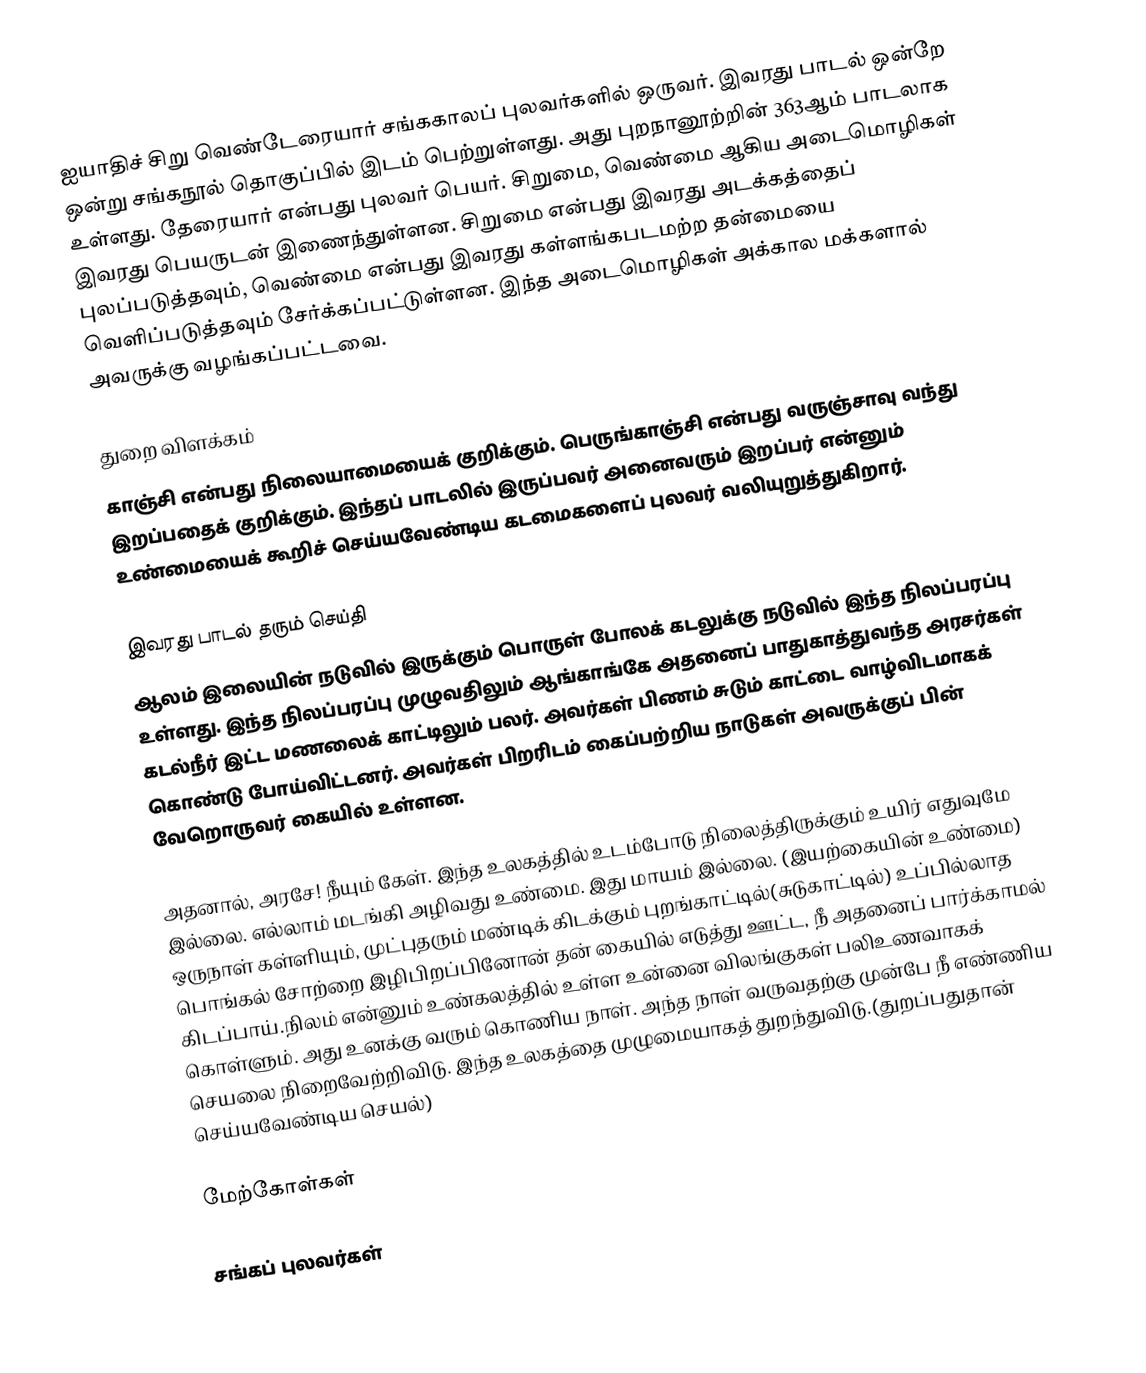
ஐயாதிச் சிறு வெண்டேரையார் சங்ககாலப் புலவர்களில் ஒருவர். இவரது பாடல் ஒன்றே ஒன்று சங்கநூல் தொகுப்பில் இடம் பெற்றுள்ளது. அது புறநானூற்றின் 363ஆம் பாடலாக உள்ளது. தேரையார் என்பது புலவர் பெயர். சிறுமை, வெண்மை ஆகிய அடைமொழிகள் இவரது பெயருடன் இணைந்துள்ளன. சிறுமை என்பது இவரது அடக்கத்தைப் புலப்படுத்தவும், வெண்மை என்பது இவரது கள்ளங்கபடமற்ற தன்மையை வெளிப்படுத்தவும் சேர்க்கப்பட்டுள்ளன. இந்த அடைமொழிகள் அக்கால மக்களால் அவருக்கு வழங்கப்பட்டவை.

துறை விளக்கம்
காஞ்சி என்பது நிலையாமையைக் குறிக்கும். பெருங்காஞ்சி என்பது வருஞ்சாவு வந்து இறப்பதைக் குறிக்கும். இந்தப் பாடலில் இருப்பவர் அனைவரும் இறப்பர் என்னும் உண்மையைக் கூறிச் செய்யவேண்டிய கடமைகளைப் புலவர் வலியுறுத்துகிறார்.

இவரது பாடல் தரும் செய்தி
ஆலம் இலையின் நடுவில் இருக்கும் பொருள் போலக் கடலுக்கு நடுவில் இந்த நிலப்பரப்பு உள்ளது. இந்த நிலப்பரப்பு முழுவதிலும் ஆங்காங்கே அதனைப் பாதுகாத்துவந்த அரசர்கள் கடல்நீர் இட்ட மணலைக் காட்டிலும் பலர். அவர்கள் பிணம் சுடும் காட்டை வாழ்விடமாகக் கொண்டு போய்விட்டனர். அவர்கள் பிறரிடம் கைப்பற்றிய நாடுகள் அவருக்குப் பின் வேறொருவர் கையில் உள்ளன.

அதனால், அரசே! நீயும் கேள். இந்த உலகத்தில் உடம்போடு நிலைத்திருக்கும் உயிர் எதுவுமே இல்லை. எல்லாம் மடங்கி அழிவது உண்மை. இது மாயம் இல்லை. (இயற்கையின் உண்மை) ஒருநாள் கள்ளியும், முட்புதரும் மண்டிக் கிடக்கும் புறங்காட்டில்(சுடுகாட்டில்) உப்பில்லாத பொங்கல் சோற்றை இழிபிறப்பினோன் தன் கையில் எடுத்து ஊட்ட, நீ அதனைப் பார்க்காமல் கிடப்பாய்.நிலம் என்னும் உண்கலத்தில் உள்ள உன்னை விலங்குகள் பலிஉணவாகக் கொள்ளும். அது உனக்கு வரும் கொணிய நாள். அந்த நாள் வருவதற்கு முன்பே நீ எண்ணிய செயலை நிறைவேற்றிவிடு. இந்த உலகத்தை முழுமையாகத் துறந்துவிடு.(துறப்பதுதான் செய்யவேண்டிய செயல்)

மேற்கோள்கள்

சங்கப் புலவர்கள்